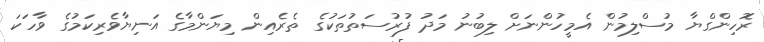
ރޮހިންގްޔާ މުސްލިމުން އެމީހުންނަށް ލިބުނު މަދު ފުރުސަތުތަކުގެ ތެރެއިން މިޔަންމާގެ އަނިޔާވެރިކަމުގެ ވާހަކަ